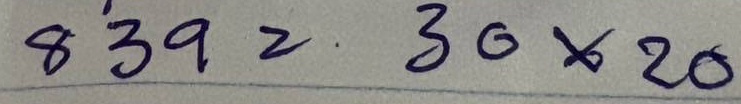
839 = 30 x 20